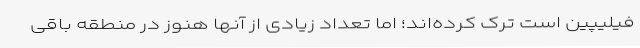
فیلیپین است ترک کرده‌اند؛ اما تعداد زیادی از آنها هنوز در منطقه باقی